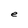
Character: e